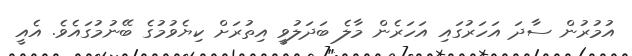
އުމުރުން ސާދަ އަހަރުގައި އަހަރެން މާލެ ބަދަލުވީ އިތުރަށް ކިޔެވުމުގެ ބޭނުމުގައެވެ. އެއީ